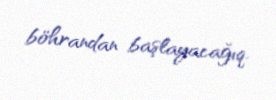
böhrandan başlayacağıq.